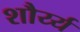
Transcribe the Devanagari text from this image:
शौर्य्य